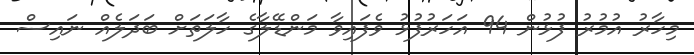
މިހާރު އުމުރު ފުޅުން 94 އަހަރުފުޅު ވެފައިވާ މަންޑޭލާގެ ހާލަތަށް ބަދަލެއް ނައިސް